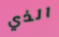
الذي